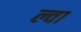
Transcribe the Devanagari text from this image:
ल्वा